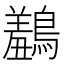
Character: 𪅠